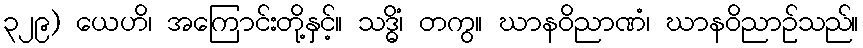
၃၂၉) ယေဟိ၊ အကြောင်းတို့နှင့်။ သဒ္ဓိံ၊ တကွ။ ဃာနဝိညာဏံ၊ ဃာနဝိညာဉ်သည်။